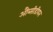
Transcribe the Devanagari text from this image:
औब्सीडीयन